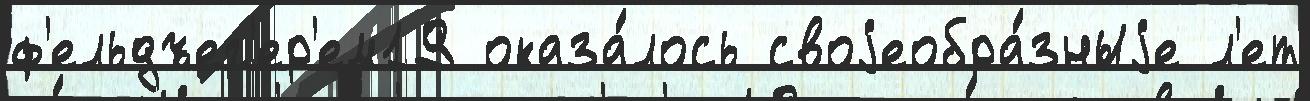
ф'ельдъег'ер'ем19 оказа́лось своjеобра́зныjе л'ет